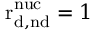
\mathrm { r _ { d , n d } ^ { n u c } } = 1